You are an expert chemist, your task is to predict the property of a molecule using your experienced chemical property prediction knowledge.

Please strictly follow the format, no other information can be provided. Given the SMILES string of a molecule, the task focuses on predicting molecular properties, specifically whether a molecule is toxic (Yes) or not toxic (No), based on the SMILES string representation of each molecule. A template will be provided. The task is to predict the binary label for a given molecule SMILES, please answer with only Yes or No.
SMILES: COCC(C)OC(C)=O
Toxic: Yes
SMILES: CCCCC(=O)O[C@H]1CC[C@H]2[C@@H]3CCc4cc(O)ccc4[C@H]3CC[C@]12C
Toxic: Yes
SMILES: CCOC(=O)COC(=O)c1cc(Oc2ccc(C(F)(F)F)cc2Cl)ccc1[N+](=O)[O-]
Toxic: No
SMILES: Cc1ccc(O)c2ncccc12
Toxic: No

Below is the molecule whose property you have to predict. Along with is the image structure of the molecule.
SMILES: C=CCNCC=C
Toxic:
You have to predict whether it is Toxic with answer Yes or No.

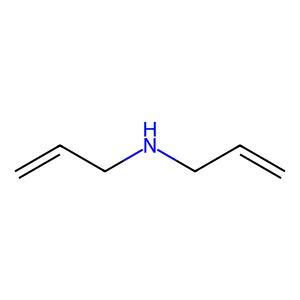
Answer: No